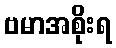
ဗမာအစိုးရ